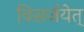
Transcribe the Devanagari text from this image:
विसर्जयेत्